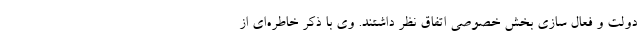
دولت و فعال سازی بخش خصوصی اتفاق نظر داشتند. وی با ذکر خاطره‌ای از